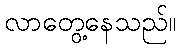
လာတွေ့နေသည်။